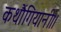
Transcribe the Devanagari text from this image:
कथौंगियानी।।